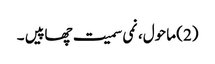
(2) ماحول، نمی سمیت چھاپیں ۔